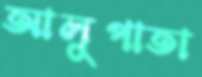
আলুপাতা